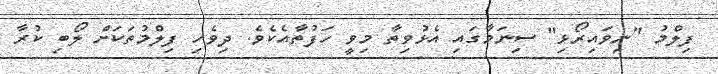
ފިލްމު "ނިވައިރޯޅި" ސިނަމާގައި އެޅުވިތާ މިވީ ހަފުތާއެކެވެ. ދިވެހި ފިލްމުތަކަށް ލޯބި ކުރާ